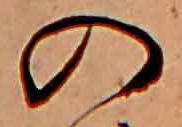
の